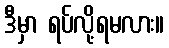
ဒီမှာ ရပ်လို့ရမလား။